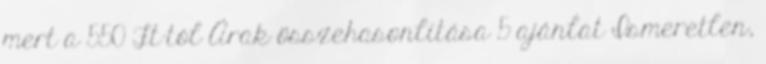
mert a 550 Ft-tól Árak összehasonlítása 5 ajánlat Ismeretlen,